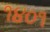
૧૪૦૧